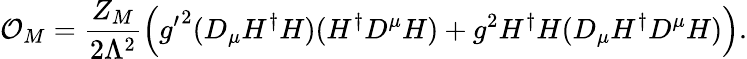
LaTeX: {\cal O}_{M}=\frac{Z_{M}}{2\Lambda^{2}}\left({g^{\prime}}^{2}(D_{\mu}H^{\dagger}H)(H^{\dagger}D^{\mu}H)+g^{2}H^{\dagger}H(D_{\mu}H^{\dagger}D^{\mu}H)\right).